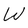
Character: W